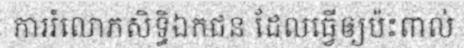
ការរំលោភសិទ្ធិឯកជន ដែលធ្វើឲ្យប៉ះពាល់